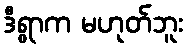
ဒီရွာက မဟုတ်ဘူး